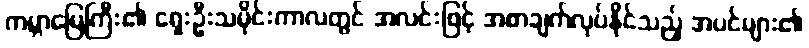
ကမ္ဘာမြေကြီး၏ ရှေးဦးသမိုင်းကာလတွင် အလင်းဖြင့် အစာချက်လုပ်နိုင်သည့် အပင်များ၏